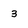
Character: 3